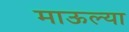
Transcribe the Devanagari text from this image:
माऊल्या